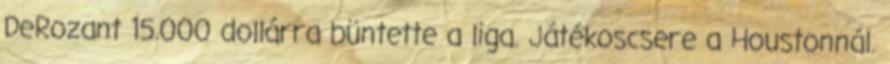
DeRozant 15.000 dollárra büntette a liga. Játékoscsere a Houstonnál.